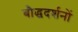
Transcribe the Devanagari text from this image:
बौद्धदर्शनों